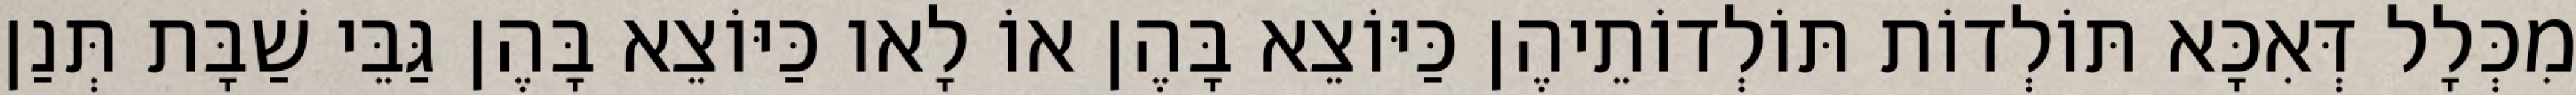
מִכְּלָל דְּאִכָּא תּוֹלְדוֹת תּוֹלְדוֹתֵיהֶן כַּיּוֹצֵא בָּהֶן אוֹ לָאו כַּיּוֹצֵא בָּהֶן גַּבֵּי שַׁבָּת תְּנַן